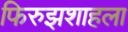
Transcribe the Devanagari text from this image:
फिरुझशाहला